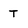
Character: T